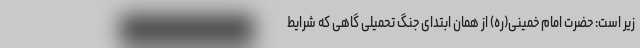
زیر است: حضرت امام خمینی(ره) از همان ابتدای جنگ تحمیلی گاهی که شرایط